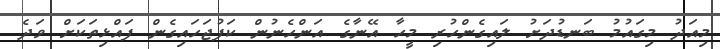
މިއަދު މިގައުމު ބަނޑުދަށު ލައިގެންހުރި މީހާ އޭނާގެ އަންހެނުން ކަފުޖަހައިގެން ފައްޅިތަކަށް ވަދެ